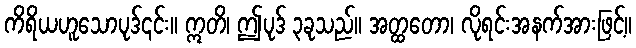
ကိရိယဟူသောပုဒ်၎င်း။ ဣတိ၊ ဤပုဒ် ၃ခုသည်။ အတ္ထတော၊ လိုရင်းအနက်အားဖြင့်။